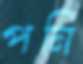
পনি